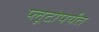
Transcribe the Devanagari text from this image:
प्लूटोपर्यंत